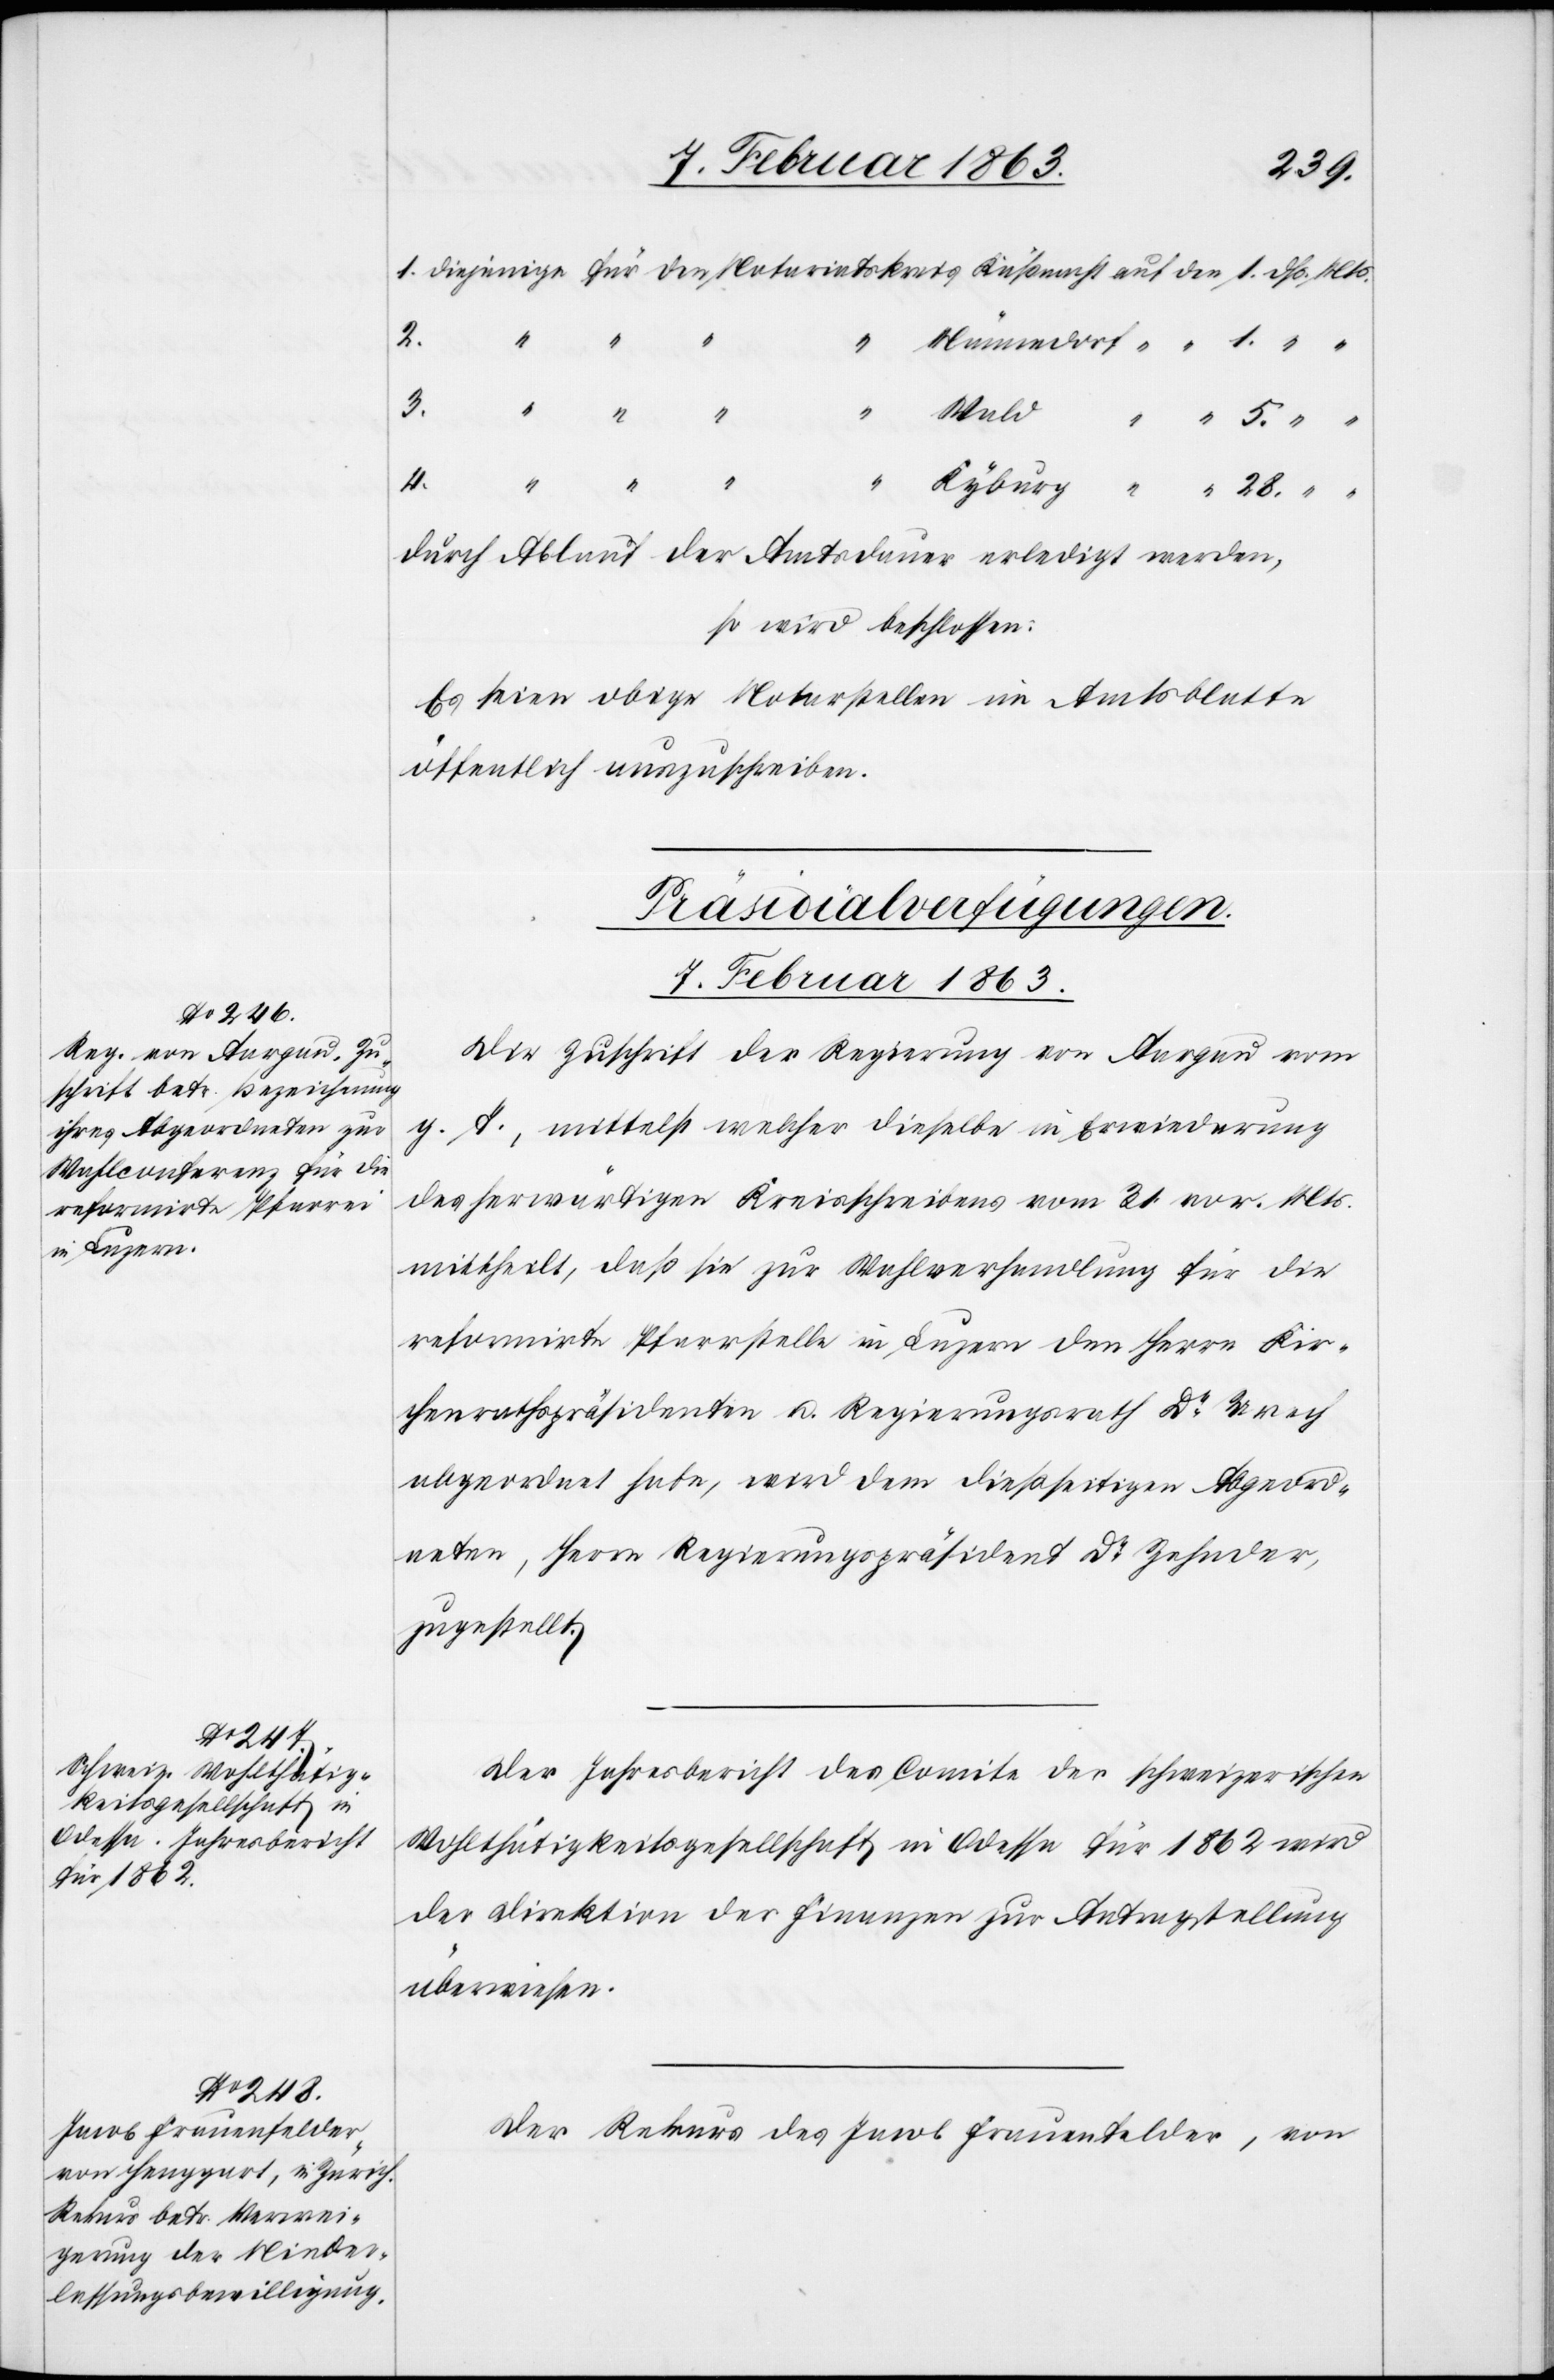
28.
4.
durch Ablauf der Amtsdauer erledigt werden,
so wird beschlossen:
Es seien obige Notarstellen im Amtsblatte
öffentlich auszuschreiben.
[Präsidialverfügungen.
7. Februar 1863.]
Die Zuschrift der Regierung von Aargau vom
g. T., mittelst welcher dieselbe in Erwiederung
des herwärtigen Kreisschreibens vom 31. vor. Mts.
mittheilt, daß sie zur Wahlverhandlung für die
reformirte Pfarrstelle in Luzern den Herrn Kir¬
chenrathspräsidenten u. Regierungsrath Dr Urech
abgeordnet habe, wird dem dießseitigen Abgeord¬
neten, Herrn Regierungspräsident Dr Zehnder
zugestellt.
Der Jahresbericht des Comite der schweizerischen
Wohlthätigkeitsgesellschaft in Odessa für 1862 wird
der Direktion der Finanzen zur Antragstellung
überwiesen.
Der Rekurs des Jacob Frauenfelder, von